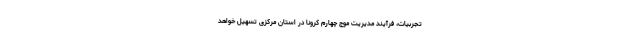
تجربیات، فرآیند مدیریت موج چهارم کرونا در استان مرکزی تسهیل خواهد